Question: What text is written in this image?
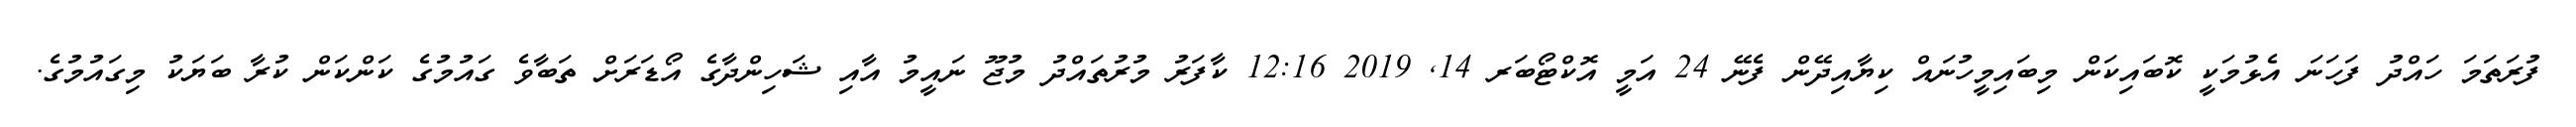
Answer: ފުރަތަމަ ހައްދު ފަހަނަ އެޅުމަކީ ކޮބައިކަން މިބައިމީހުނައް ކިޔާއިދޭން ފެނޭ 24 އަމީ އޮކްޓޯބަރ 14, 2019 12:16 ކާފަރު މުރުތައްދު މުޖޫ ނައީމު އާއި ޝަހިންދާގެ އޯޑަރަށް ތަބާވެ ގައުމުގެ ކަންކަން ކުރާ ބަޔަކު މިގައުމުގެ.